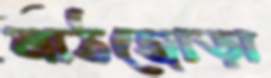
মাঠজোড়া